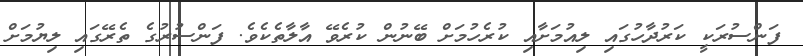
ފަންސުރަކީ ކަރުދާހުގައި ލިއުމަށާއި ކުރެހުމަށް ބޭނުން ކުރެވޭ އާލާތެކެވެ. ފަންސުރުގެ ތެރޭގައި ލިޔުމަށް